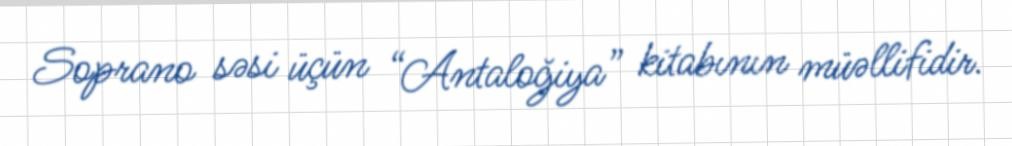
Soprano səsi üçün “Antaloğiya” kitabının müəllifidir.